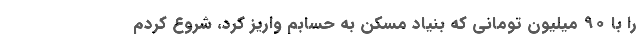
را با ۹۰ میلیون تومانی که بنیاد مسکن به حسابم واریز کرد، شروع کردم